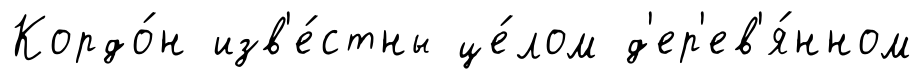
Кордо́н изв'е́стны це́лом д'ер'ев'я́нном